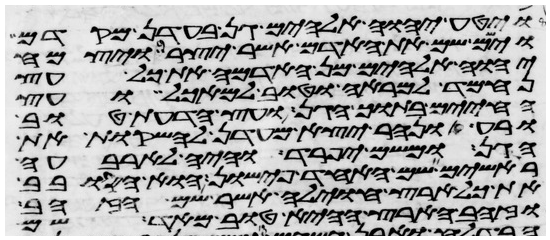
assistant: ויטע יהוה אלהים גן בעדן מקדם
וישם שם את האדם אשר יצר ויצמח
יהוה אלהים מן האדמה את כל עץ
נחמד למראה וטוב למאכל ועץ
החיים בתוך הגן ועץ הדעת טוב
ורע ונהר יצא מעדן להשקות את
הגן ומשם יפרד והיה לארבעה
ראשים שם האחד פישון הוא הסובב
את כל ארץ החוילה אשר שם הזהב
וזהב הארץ ההיא טוב מאד שם